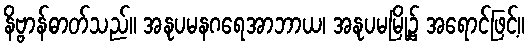
နိဗ္ဗာန်ဓာတ်သည်။ အနုပမနဂရေအာဘာယ၊ အနုပမမြို့၌ အရောင်ဖြင့်။